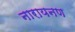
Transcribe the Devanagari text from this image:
नारायनण